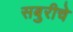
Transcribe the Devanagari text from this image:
सबुरीचे